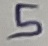
Text: 5